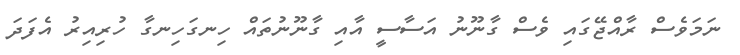
ނަމަވެސް ރާއްޖޭގައި ވެސް ގާނޫނު އަސާސީ އާއި ގާނޫނުތައް ހިނގަހިނގާ ހުރިއިރު އެފަދަ